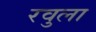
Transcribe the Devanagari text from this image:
रवुला